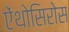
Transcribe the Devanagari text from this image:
ऐंथोसिरोस